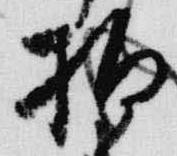
拍